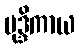
မုဒ္ဒိကာယ